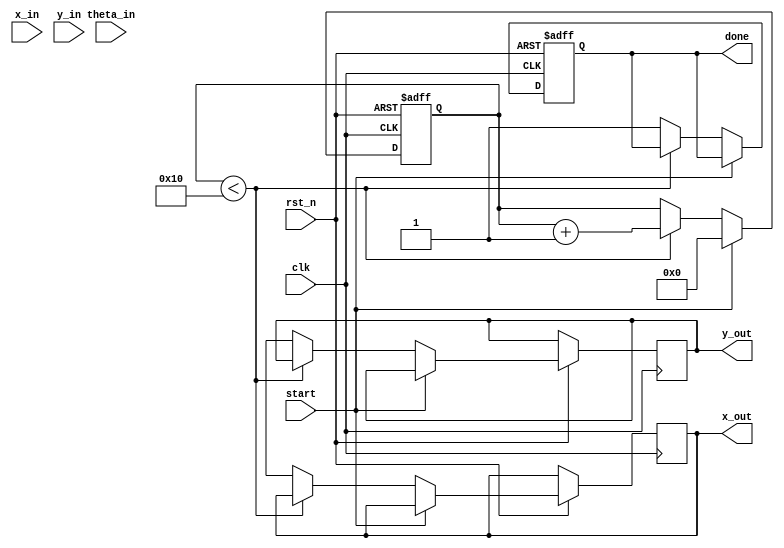
module pipeline_cordic #(
    parameter WIDTH = 16,         // Bit-width of fixed-point numbers
    parameter ITERATIONS = 16     // Number of CORDIC iterations
)(
    input  clk,                   // Clock signal
    input  rst_n,                 // Active low reset
    input  [WIDTH-1:0] x_in,      // Input X coordinate
    input  [WIDTH-1:0] y_in,      // Input Y coordinate
    input  [WIDTH-1:0] theta_in,  // Input angle
    input  start,                 // Start signal for computation
    output [WIDTH-1:0] x_out,     // Output X coordinate
    output [WIDTH-1:0] y_out,     // Output Y coordinate
    output done                   // Done signal
);

    // Internal variables
    reg [WIDTH-1:0] x [0:ITERATIONS-1];  // Pipeline registers for X
    reg [WIDTH-1:0] y [0:ITERATIONS-1];  // Pipeline registers for Y
    reg [WIDTH-1:0] theta [0:ITERATIONS-1]; // Pipeline registers for angle
    reg [WIDTH-1:0] angle_lut [0:ITERATIONS-1]; // Precomputed angle LUT
    reg [WIDTH-1:0] scale_factor;        // Scaling factor
    integer i;                            // Loop variable
    reg [4:0] state;                      // State for current iteration
    reg done_reg;                         // Internal done signal

    // Angle lookup table initialization (for demo purposes)
    initial begin
        angle_lut[0] = 16'h1F35;   // arctan(2^-0)
        angle_lut[1] = 16'h1C71;   // arctan(2^-1)
        angle_lut[2] = 16'h190A;   // arctan(2^-2)
        angle_lut[3] = 16'h0F12;   // arctan(2^-3)
        // Add more values as needed
    end

    // Scaling factor (for normalization)
    assign scale_factor = 16'hB505; // 1/sqrt(1 + 2^-2) for 16 iterations

    // State machine for CORDIC iterations
    always @(posedge clk or negedge rst_n) begin
        if (!rst_n) begin
            state <= 0;
            done_reg <= 0;
            for (i = 0; i < ITERATIONS; i = i + 1) begin
                x[i] <= 0;
                y[i] <= 0;
                theta[i] <= 0;
            end
        end else if (start) begin
            // Initialize the first stage
            x[0] <= x_in;
            y[0] <= y_in;
            theta[0] <= theta_in;
            state <= 0;
        end else if (state < ITERATIONS) begin
            // CORDIC computation
            if (theta[state] < 0) begin
                x[state + 1] <= x[state] + (y[state] >> state);
                y[state + 1] <= y[state] - (x[state] >> state);
                theta[state + 1] <= theta[state] + angle_lut[state];
            end else begin
                x[state + 1] <= x[state] - (y[state] >> state);
                y[state + 1] <= y[state] + (x[state] >> state);
                theta[state + 1] <= theta[state] - angle_lut[state];
            end
            state <= state + 1;
        end else begin
            // Final output stage
            x_out <= x[ITERATIONS];
            y_out <= y[ITERATIONS] * scale_factor;  // Apply scaling
            done_reg <= 1;
        end
    end

    assign done = done_reg;

endmodule